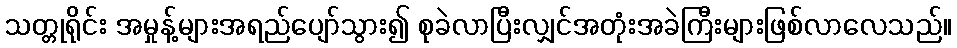
သတ္တုရိုင်း အမှုန့်များအရည်ပျော်သွား၍ စုခဲလာပြီးလျှင်အတုံးအခဲကြီးများဖြစ်လာလေသည်။